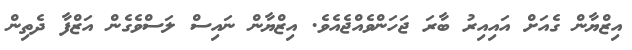
އިޒްޔާން ގެއަށް އައިއިރު ބާރަ ޖަހަންވެއްޖެއެވެ. އިޒްޔާން ނައިސް ލަސްވެގެން އަޒްފާ ދެތިން